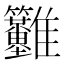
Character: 𩁳